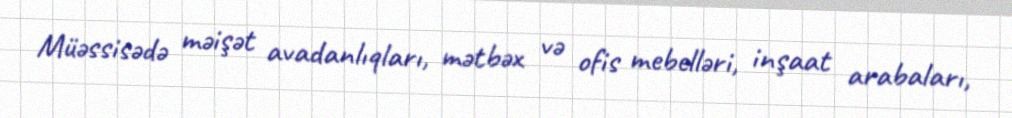
Müəssisədə məişət avadanlıqları, mətbəx və ofis mebelləri, inşaat arabaları,